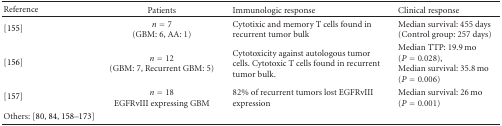
| Reference | Patients | Immunologic response | Clinical response |
 | --- | --- | --- | --- |
 | [155] | n = 7(GBM: 6, AA: 1) | Cytotixic and memory T cells found in recurrent tumor bulk | Median survival: 455 days(Control group: 257 days) |
 | [156] | n = 12 (GBM: 7, Recurrent GBM: 5) | Cytotoxicity against autologous tumor cells. Cytotoxic T cells found in recurrent tumor bulk. | Median TTP: 19.9 mo(P = 0.028), Median survival: 35.8 mo(P = 0.006) |
 | [157] | n = 18EGFRvIII expressing GBM | 82% of recurrent tumors lost EGFRvIII expression | Median survival: 26 mo(P = 0.001) |
 | Others: [80, 84, 158–173] |  |  |  |